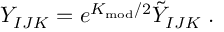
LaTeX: Y _ { I J K } = e ^ { K _ { \mathrm { m o d } } / 2 } \tilde { Y } _ { I J K } \; .